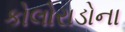
કોલોરાડોના